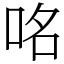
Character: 𠱷